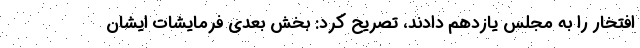
افتخار را به مجلس یازدهم دادند، تصریح کرد: بخش بعدی فرمایشات ایشان